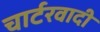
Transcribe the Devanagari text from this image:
चार्टरवादी